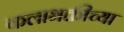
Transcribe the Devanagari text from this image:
कलाभक्तीच्या